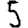
Digit: 5